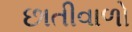
છાતીવાળો